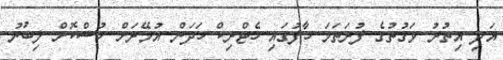
އަދި އިތުރު ވަގުތުގެ ފުރަތަމަ ހާފުގައި ހެޓްރިކް ހަދަން އުމޭރަށް ހުސްކޮށް ލިބުނު